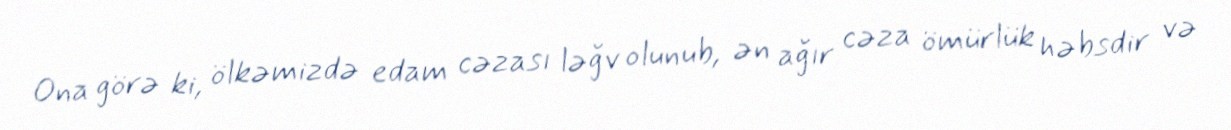
Ona görə ki, ölkəmizdə edam cəzası ləğv olunub, ən ağır cəza ömürlük həbsdir və